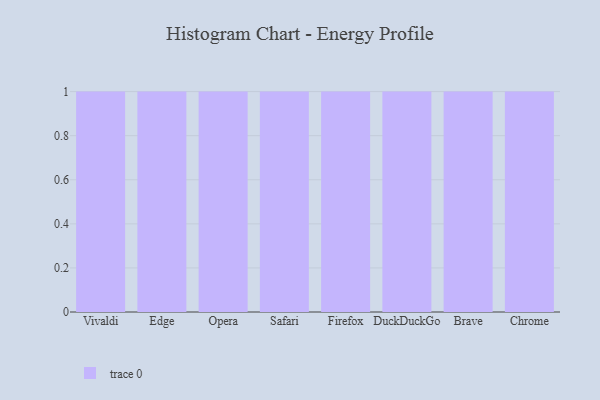
{"axis": {"x": "Browser", "y": "Market Share (%)"}, "legend": [""], "data": [{"x": "Vivaldi", "y": 42, "type": ""}, {"x": "Edge", "y": 39, "type": ""}, {"x": "Opera", "y": 46, "type": ""}, {"x": "Safari", "y": 94, "type": ""}, {"x": "Firefox", "y": 64, "type": ""}, {"x": "DuckDuckGo", "y": 16, "type": ""}, {"x": "Brave", "y": 58, "type": ""}, {"x": "Chrome", "y": 47, "type": ""}]}